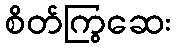
စိတ်ကြွဆေး